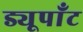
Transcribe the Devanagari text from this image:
ड्यूपाँट